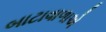
બાટાવાળાએ